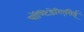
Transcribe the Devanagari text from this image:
पॉण्टिडेरिएसिई